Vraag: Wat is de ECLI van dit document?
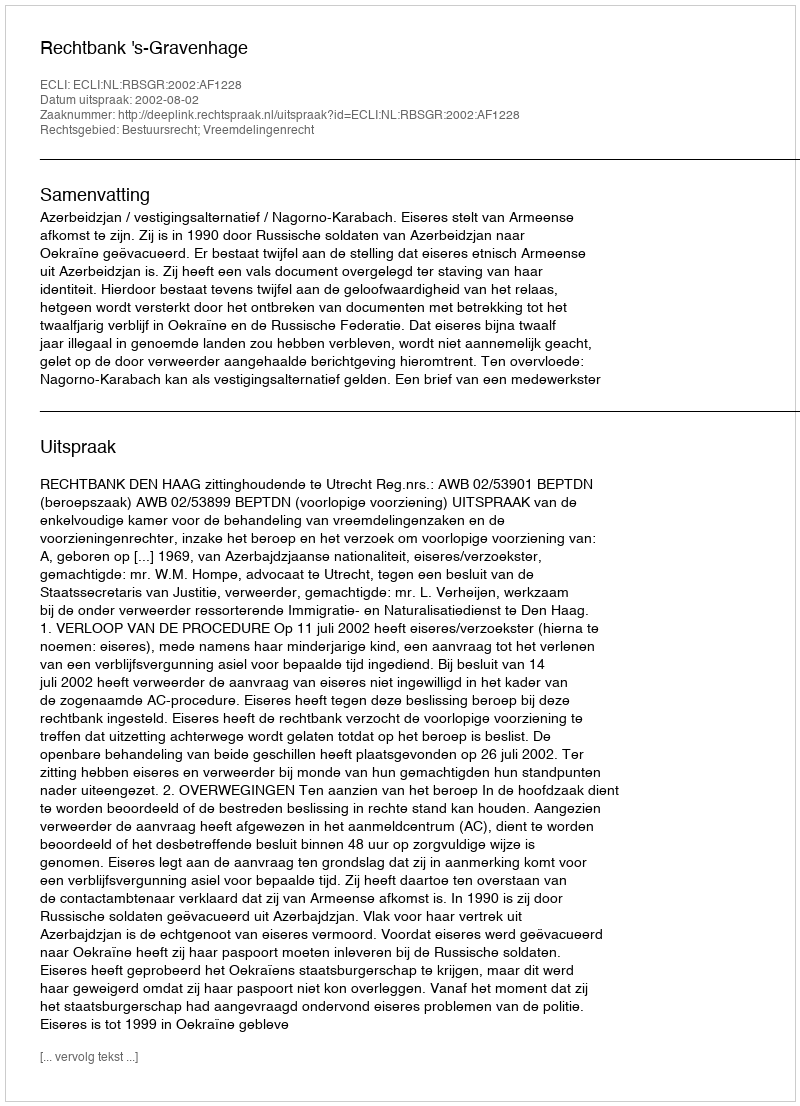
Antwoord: ECLI:NL:RBSGR:2002:AF1228